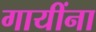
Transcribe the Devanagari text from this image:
गायींना